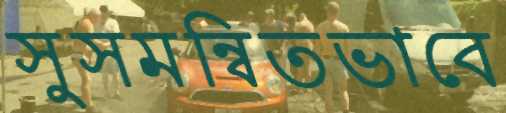
সুসমন্বিতভাবে